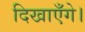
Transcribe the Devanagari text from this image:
दिखाएँगे।